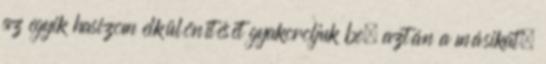
az egyik hasizom elkülönítését gyakoroljuk be, aztán a másikat,